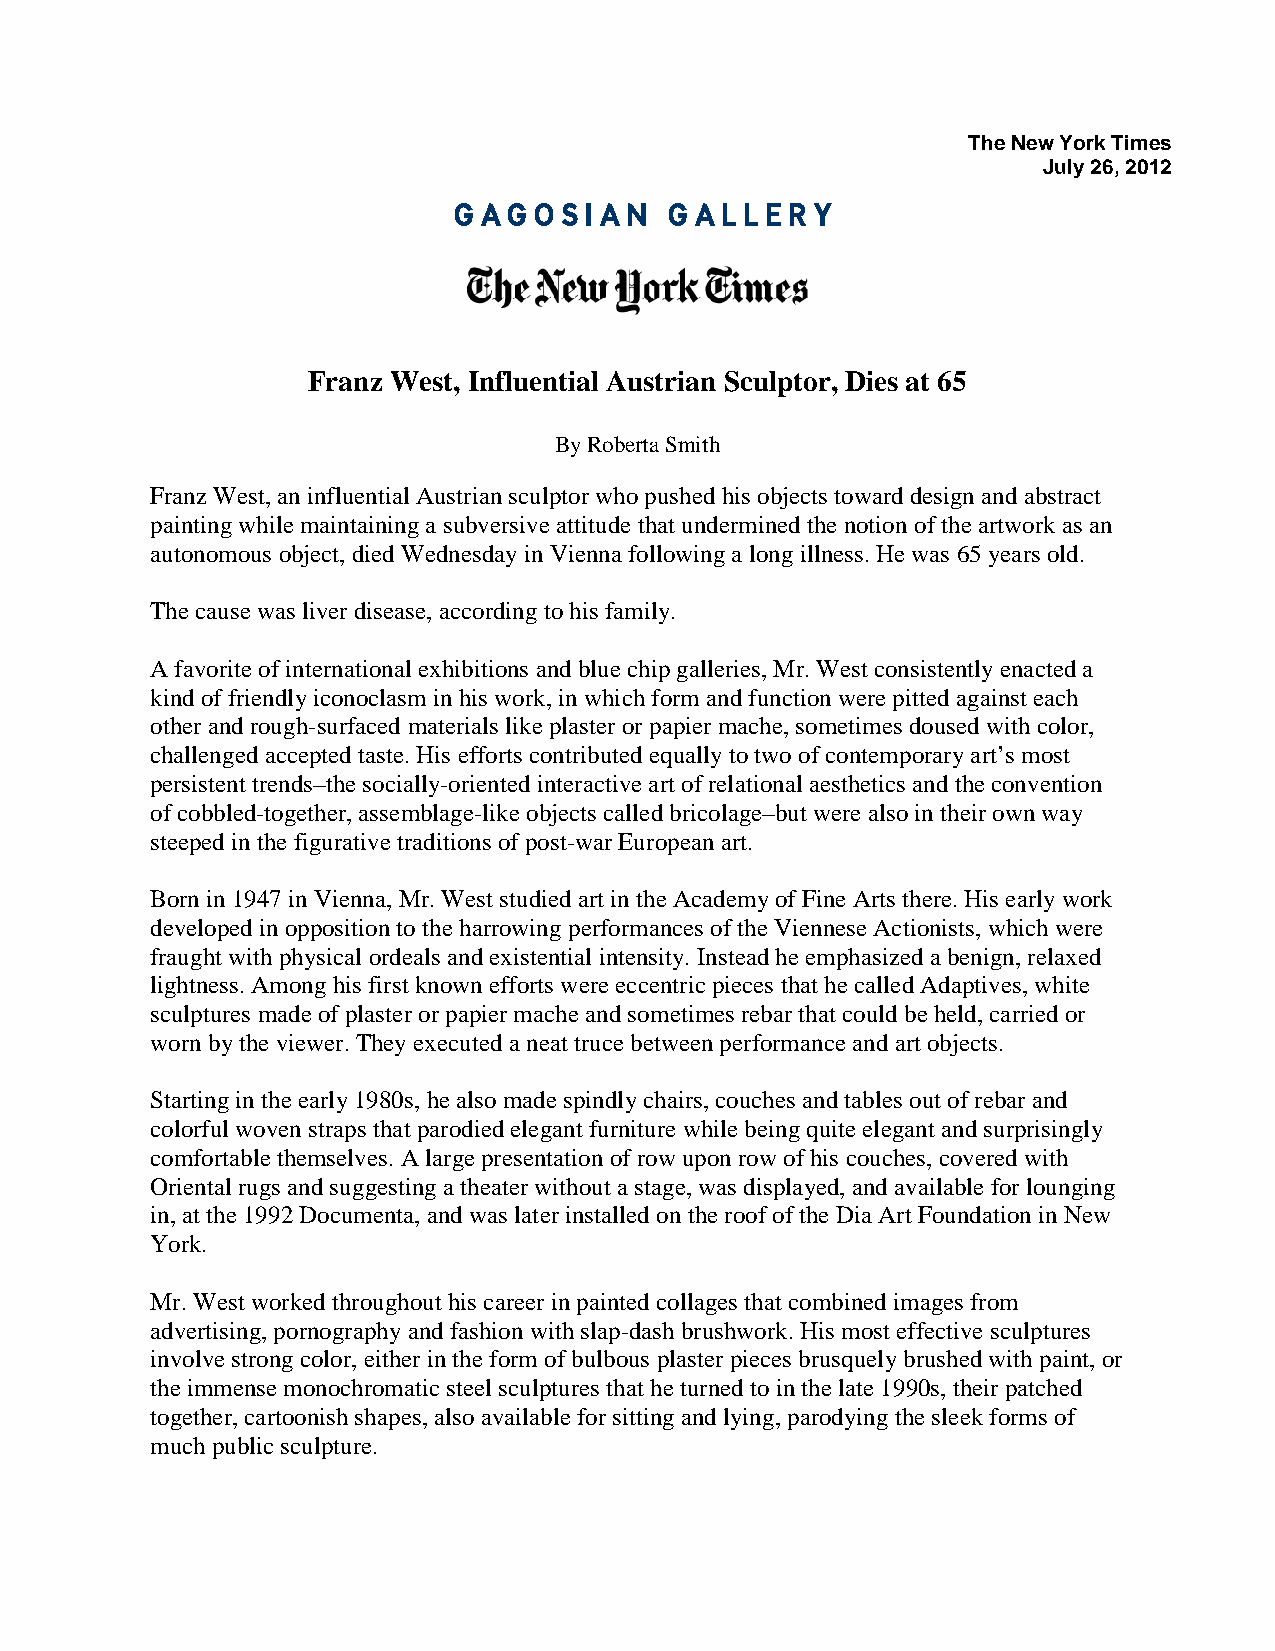
The New York Times
 July 26, 2012
 GAGOSIAN      GALLERY
 Franz West, Influential Au strian Sculptor, Dies at 65
 By Roberta Smith
 Franz West, an influential Austrian sculptor who pushed his objects toward design and abstract
 painting while maintaining a subversive attitude that undermined the notion of the artwork as an
 autonomous object, died Wednesday in Vienna following a long illness. He was 65 years old.
 The cause was liver disease, according to his family.
 A favorite of international exhibitions and blue chip galleries, Mr. West consistently enacted a
 kind of friendly iconoclasm in his work, in which form and function were pitted against each
 other and rough-surfaced materials like plaster or papier mache, sometimes doused with color,
 challenged accepted taste. His efforts contributed equally to two of contemporary art’s most
 persistent trends–the socially-oriented interactive art of relational aesthetics and the convention
 of cobbled-together, assemblage-like objects called bricolage–but were also in their own way
 steeped in the figurative traditions of post-war European art.
 Born in 1947 in Vienna, Mr. West studied art in the Academy of Fine Arts there. His early work
 developed in opposition to the harrowing performances of the Viennese Actionists, which were
 fraught with physical ordeals and existential intensity. Instead he emphasized a benign, relaxed
 lightness. Among his first known efforts were eccentric pieces that he called Adaptives, white
 sculptures made of plaster or papier mache and sometimes rebar that could be held, carried or
 worn by the viewer. They executed a neat truce between performance and art objects.
 Starting in the early 1980s, he also made spindly chairs, couches and tables out of rebar and
 colorful woven straps that parodied elegant furniture while being quite elegant and surprisingly
 comfortable themselves. A large presentation of row upon row of his couches, covered with
 Oriental rugs and suggesting a theater without a stage, was displayed, and available for lounging
 in, at the 1992 Documenta, and was later installed on the roof of the Dia Art Foundation in New
 York.
 Mr. West worked throughout his career in painted collages that combined images from
 advertising, pornography and fashion with slap-dash brushwork. His most effective sculptures
 involve strong color, either in the form of bulbous plaster pieces brusquely brushed with paint, or
 the immense monochromatic steel sculptures that he turned to in the late 1990s, their patched
 together, cartoonish shapes, also available for sitting and lying, parodying the sleek forms of
 much public sculpture.